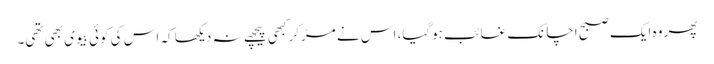
پھر وہ ایک صبح اچانک غائب ہوگیا، اس نے مڑکر کبھی پیچھے نہ دیکھا کہ اس کی کوئی بیوی بھی تھی۔